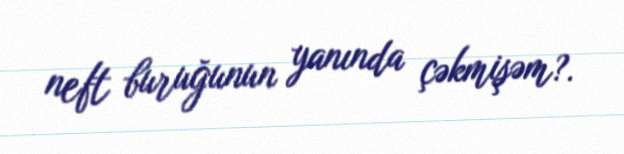
neft buruğunun yanında çəkmişəm?.